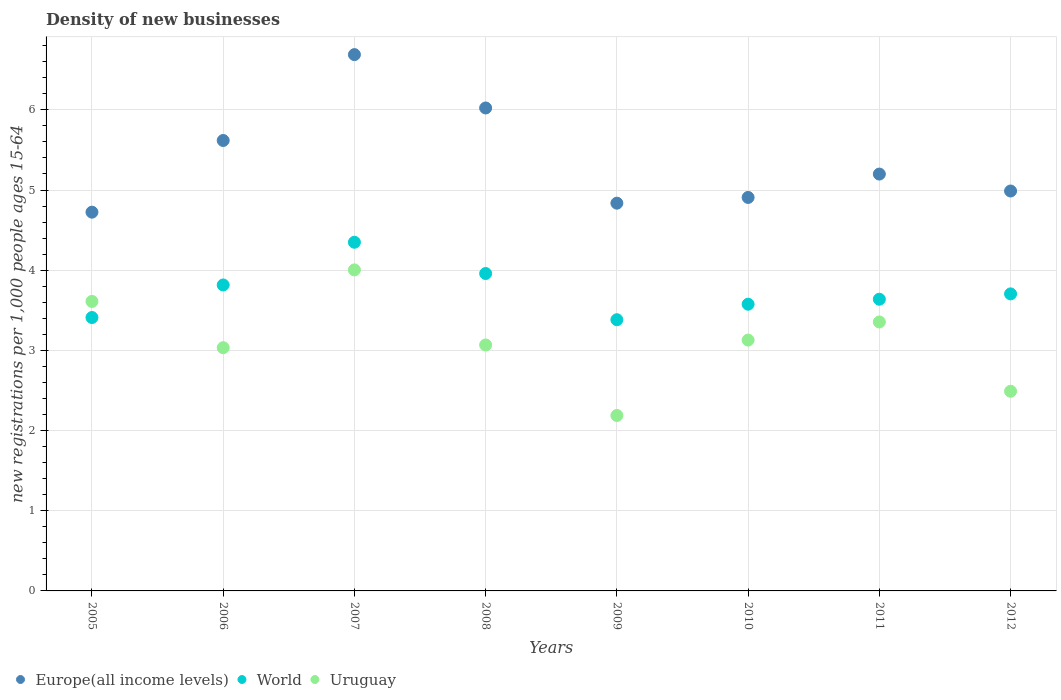
| Years | Europe(all income levels) | World | Uruguay |
 | --- | --- | --- | --- |
 | 2005 | 4.72 | 3.41 | 3.61 |
 | 2006 | 5.62 | 3.82 | 3.03 |
 | 2007 | 6.69 | 4.35 | 4 |
 | 2008 | 6.02 | 3.96 | 3.07 |
 | 2009 | 4.84 | 3.38 | 2.19 |
 | 2010 | 4.91 | 3.58 | 3.13 |
 | 2011 | 5.2 | 3.64 | 3.35 |
 | 2012 | 4.99 | 3.7 | 2.49 |